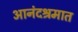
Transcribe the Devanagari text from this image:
आनंदश्रमात